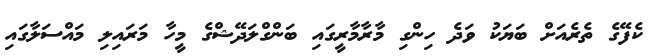
ކެފޭގެ ތެރެއަށް ބަޔަކު ވަދެ ހިންގި މާރާމާރީގައި ބަންގްލަދޭޝްގެ މީހާ މަރައިލި މައްސަލާގައި